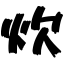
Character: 炊